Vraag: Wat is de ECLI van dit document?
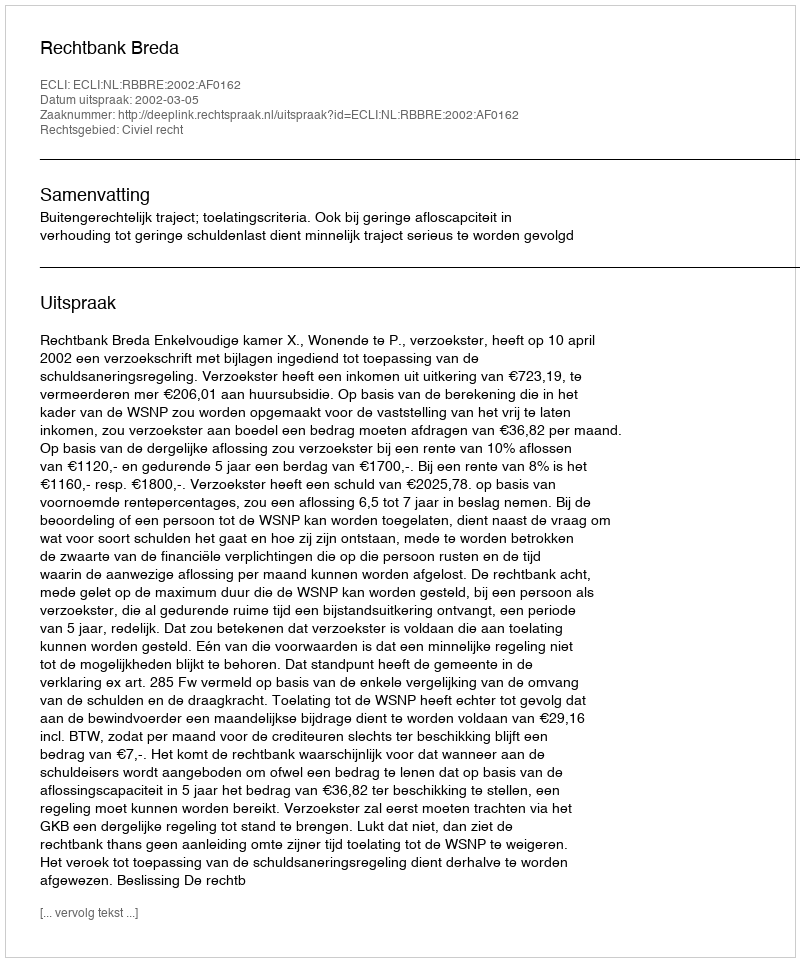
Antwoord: ECLI:NL:RBBRE:2002:AF0162